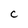
Character: C